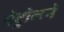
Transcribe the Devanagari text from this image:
पेट्रोलने